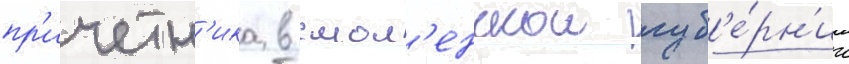
пр'ичетн'ика в смол'енскои губ'е́рн'ии